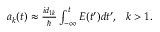
\begin{array} { r } { a _ { k } ( t ) \approx \frac { i d _ { 1 k } } { \hbar } \int _ { - \infty } ^ { t } E ( t ^ { \prime } ) d t ^ { \prime } , \ \ k > 1 . } \end{array}